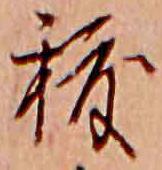
秡